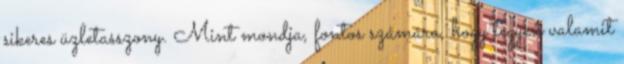
sikeres üzletasszony. Mint mondja, fontos számára, hogy tegyen valamit